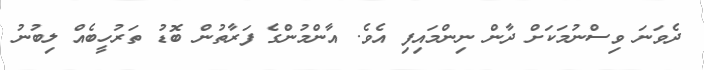
ދެވަނަ ވިސްނުމަކަށް ދާން ނިންމައިފި އެވެ. އާންމުންގެ ފަރާތުން ބޮޑު ތަރުހީބެއް ލިބުނު